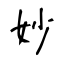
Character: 妙